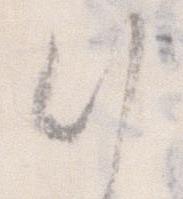
候